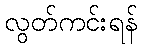
လွတ်ကင်းရန်